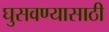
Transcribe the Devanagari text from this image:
घुसवण्यासाठी